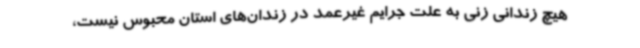
هیچ زندانی زنی به علت جرایم غیرعمد در زندان‌های استان محبوس نیست،